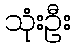
သုံးဦး